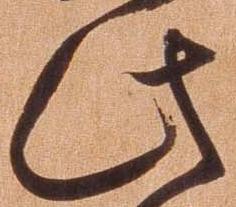
此